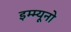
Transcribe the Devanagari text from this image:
इम्म्यूनो